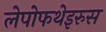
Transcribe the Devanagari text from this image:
लेपोफथेइरुस